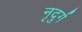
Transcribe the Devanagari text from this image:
नृदुर्ग